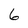
Character: 6